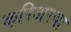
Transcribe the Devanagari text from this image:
करिअरचा